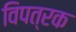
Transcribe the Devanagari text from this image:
विपत्रक